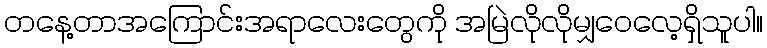
တနေ့တာအကြောင်းအရာလေးတွေကို အမြဲလိုလိုမျှဝေလေ့ရှိသူပါ။